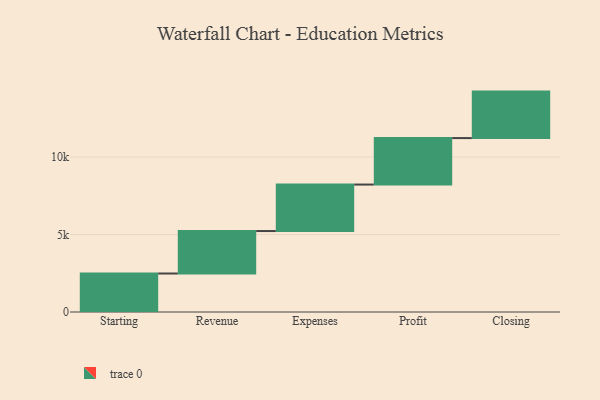
{"axis": {"x": "Step", "y": "Value"}, "legend": [""], "data": [{"x": "Starting", "y": 2484.0, "type": ""}, {"x": "Revenue", "y": 2741.0, "type": ""}, {"x": "Expenses", "y": 3000, "type": ""}, {"x": "Profit", "y": 3000, "type": ""}, {"x": "Closing", "y": 3000, "type": ""}]}